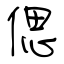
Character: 偲